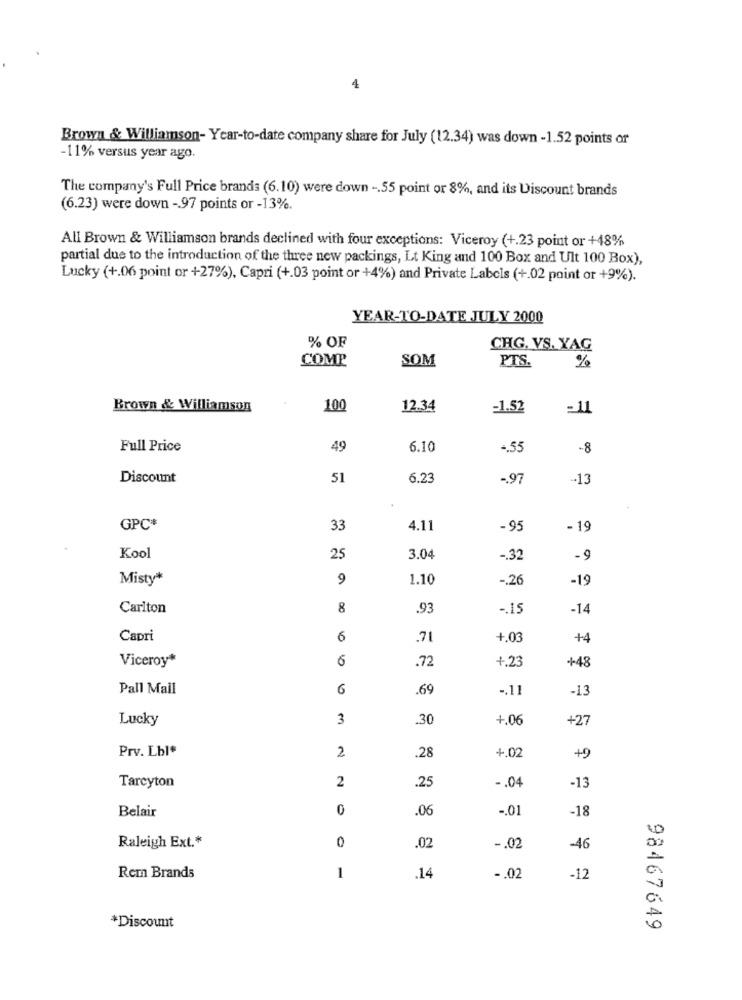
4
Brown & Williamson- Year-to-date company share for July (12.34) was down -1.52 points of
-11% versus year ago.
The company's Full Price brands (6.10) were down -. 55 point or 8%, and its Discount brands
(6.23) were down - 97 points or -13%.
All Brown & Williamson brands declined with four exceptions: Viceroy (+.23 point or +48%
partial due to the introduction of the three new packings, Lt King and 100 Box and Ult 100 Box),
Lucky (+.06 point or +27%), Capri (+.03 point or +4%) and Private Labels (+.02 point or +9%).
YEAR-TO-DATE JULY 2000
% OF
CHG. VS. YAG
COMP
SOM
PTS.
%
Brown & Williamson
100
12.34
-1.52
=11
Full Price
49
6.10
-. 55
-8
Discount
51
6.23
-. 97
.- 13
GPC+
33
4.11
-95
- 19
Kool
25
3.04
-. 32
- 9
Misty*
9
1.10
-. 26
-19
Carlton
8
.93
-. 15
-14
Capri
6
.71
+.03
+4
Viceroy*
6
.72
+48
+.23
Pall Mall
6
.69
-. 11
-13
Lucky
3
.30
+.06
+27
Prv. Lbl*
2
+.02
.28
+9
2
.25
-. 04
-13
Tarcyton
Belair
0
.06
-. 01
-18
Raleigh Ext .*
.02
-. 02
-46
Rem Brands
1
.14
-. 02
-12
*Discount
98467649